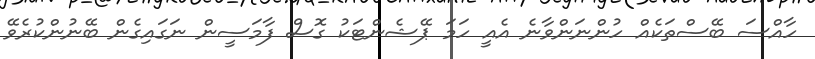
ހާއްސަ ބޭސްތަކެއް ހުންނަންވާނެ އެއީ ހަމަ ޕޭޝެންޓަކު ގޮސް ފާމަސީން ނަގައިގެން ބޭނުންކުރެވޭ